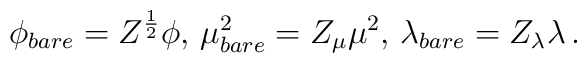
\phi_{bare}=Z^{1\over2}\phi,\,\mu^{2}_{bare}=Z_{\mu}\mu^{2},\,	\lambda_{bare}=Z_{\lambda}\lambda\,.